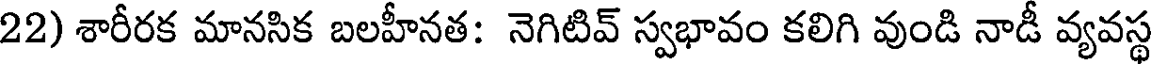
22) శారీరక మానసిక బలహీనత: నెగిటివ్ స్వభావం కలిగి వుండి నాడీ వ్యవస్థ